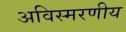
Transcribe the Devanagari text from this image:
अविस्‍मरणीय